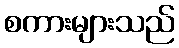
စကားများသည်